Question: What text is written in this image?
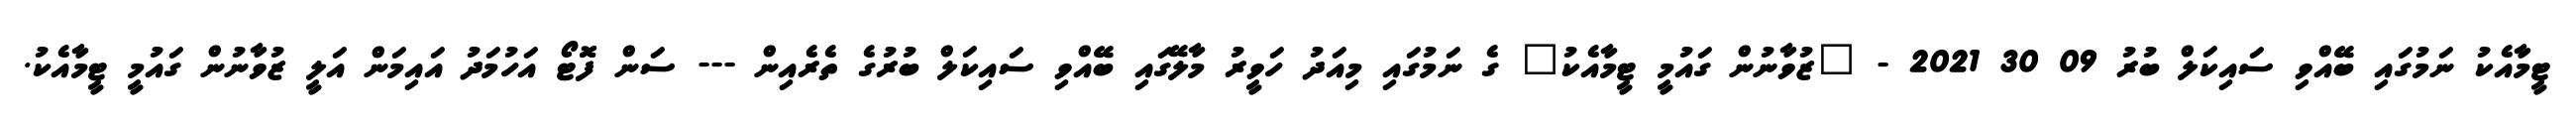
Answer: ޓީމާއެކު ނަމުގައި ބޭއްވި ސައިކަލް ބުރު 09 30 2021 - "ޒުވާނުން ގައުމީ ޓީމާއެކު" ގެ ނަމުގައި މިއަދު ހަވީރު މާލޭގައި ބޭއްވި ސައިކަލް ބުރުގެ ތެރެއިން --- ސަން ފޮޓޯ އަހުމަދު އައިމަން އަލީ ޒުވާނުން ގައުމީ ޓީމާއެކު.